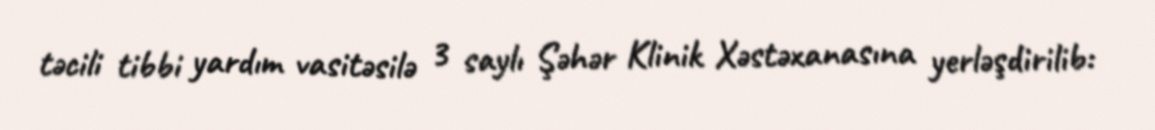
təcili tibbi yardım vasitəsilə 3 saylı Şəhər Klinik Xəstəxanasına yerləşdirilib: